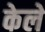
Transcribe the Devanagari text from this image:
केले